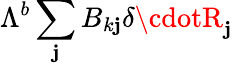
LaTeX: {\Lambda}^{b}\sum_{\mathbf{j}}B_{k\mathbf{j}}\delta\cdotR_{\mathbf{j}}